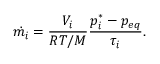
\dot { m _ { i } } = \frac { V _ { i } } { R T / M } \frac { p _ { i } ^ { * } - p _ { e q } } { \tau _ { i } } .